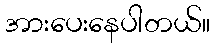
အားပေးနေပါတယ်။